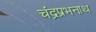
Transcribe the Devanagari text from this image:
चंद्रप्रभनाथ